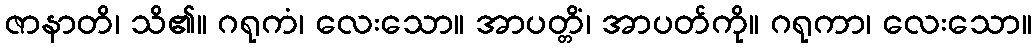
ဇာနာတိ၊ သိ၏။ ဂရုကံ၊ လေးသော။ အာပတ္တိံ၊ အာပတ်ကို။ ဂရုကာ၊ လေးသော။